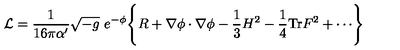
{ \cal L } = \frac { 1 } { 1 6 \pi \alpha ^ { \prime } } \sqrt { - g } \ e ^ { \mathrm { - \phi } } \Biggl \{ R + \nabla \phi \cdot \nabla \phi - { \frac { 1 } { 3 } } H ^ { 2 } - \frac { 1 } { 4 } \mathrm { T r } F ^ { 2 } + \cdots \Biggr \}